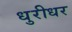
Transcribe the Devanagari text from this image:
धुरीधर